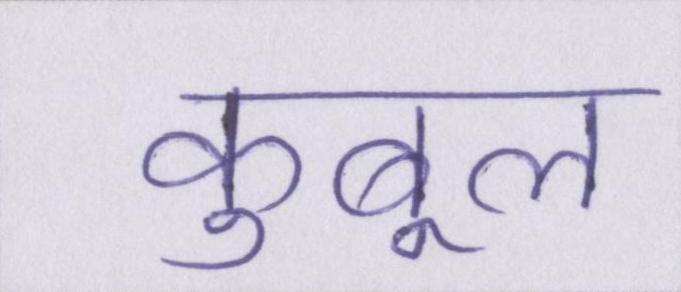
कुबूल